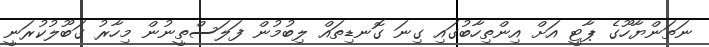
ނަތަންޔާހޫގެ ޕާޓީ އަށް އިންތިހާބުގައި ގިނަ ގޮނޑިތައް ލިބުމުން ފަލަސްތީނުން މިހާރު ގަބޫލުކުރަނީ